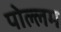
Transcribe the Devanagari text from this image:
पोल्लम